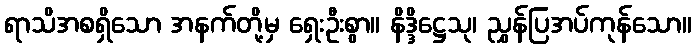
ရာသိအစရှိသော အနက်တို့မှ ရှေးဦးစွာ။ နိဒ္ဒိဋ္ဌေသု၊ ညွှန်ပြအပ်ကုန်သော။